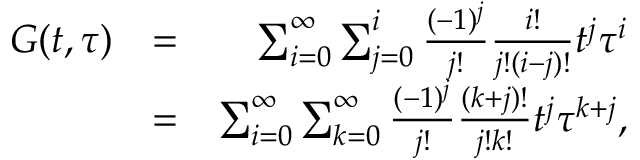
\begin{array} { r l r } { G ( t , \tau ) } & { = } & { \sum _ { i = 0 } ^ { \infty } \sum _ { j = 0 } ^ { i } \frac { ( - 1 ) ^ { j } } { j ! } \frac { i ! } { j ! ( i - j ) ! } t ^ { j } \tau ^ { i } } \\ & { = } & { \sum _ { i = 0 } ^ { \infty } \sum _ { k = 0 } ^ { \infty } \frac { ( - 1 ) ^ { j } } { j ! } \frac { ( k + j ) ! } { j ! k ! } t ^ { j } \tau ^ { k + j } , } \end{array}